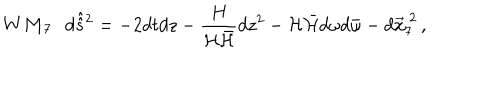
LaTeX: { \bf W M _ { 7 } } \, \, \, \, d \hat { \hat { s } } { } ^ { 2 } = - 2 d t d z - \frac { H } { { \cal H } \bar { \cal H } } d z ^ { 2 } - { \cal H } \bar { \cal H } d \omega d \bar { \omega } - d \vec { x } _ { 7 } ^ { \ 2 } \, ,